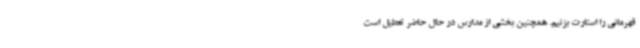
قهرمانی را استارت بزنیم. همچنین بخشی از مدارس در حال حاضر تعطیل است